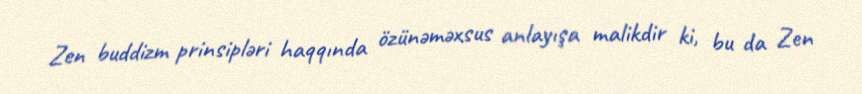
Zen buddizm prinsipləri haqqında özünəməxsus anlayışa malikdir ki, bu da Zen